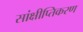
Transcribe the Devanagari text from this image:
सांक्षीप्तिकरण